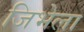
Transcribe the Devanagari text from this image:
जिभेला